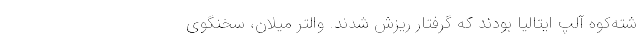
شته‌کوه آلپ ایتالیا بودند که گرفتار ریزش شدند. والتر میلان، سخنگوی